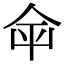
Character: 𡴌